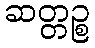
ဆတ္တဉ္စ